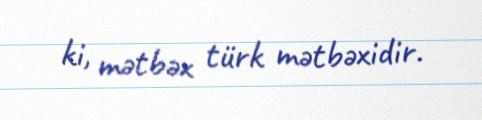
ki, mətbəx türk mətbəxidir.